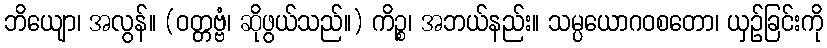
ဘိယျော၊ အလွန်။ (ဝတ္တဗ္ဗံ၊ ဆိုဖွယ်သည်။) ကိဉ္စ၊ အဘယ်နည်း။ သမ္ပယောဂဝစတော၊ ယှဉ်ခြင်းကို